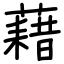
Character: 藉